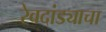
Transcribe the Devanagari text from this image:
रेवदांड्याचा